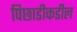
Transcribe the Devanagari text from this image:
पिछाडीकडील